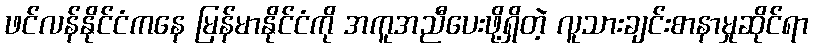
ဖင်လန်နိုင်ငံကနေ မြန်မာနိုင်ငံကို အကူအညီပေးဖို့ရှိတဲ့ လူသားချင်းစာနာမှုဆိုင်ရာ